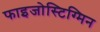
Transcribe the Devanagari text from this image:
फाइजोस्टिग्मिन